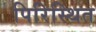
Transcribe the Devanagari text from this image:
पिरिस्थित